Leprosy in India: report of the Leprosy Commission in India, 1890-91
Year: 1890
Disease focus: Leprosy
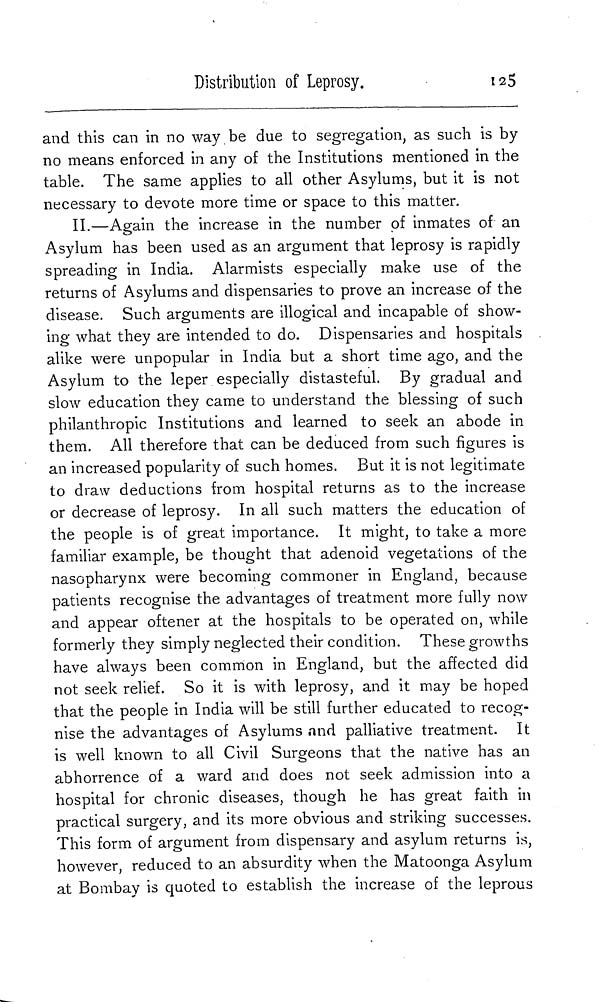
Distribution of Leprosy.
125
and this can in no way be due to segregation, as such is by
no means enforced in any of the Institutions mentioned in the
table. The same applies to all other Asylums, but it is not
necessary to devote more time or space to this matter.
II.—Again the increase in the number of inmates of an
Asylum has been used as an argument that leprosy is rapidly
spreading in India. Alarmists especially make use of the
returns of Asylums and dispensaries to prove an increase of the
disease. Such arguments are illogical and incapable of show-
ing what they are intended to do. Dispensaries and hospitals
alike were unpopular in India but a short time ago, and the
Asylum to the leper especially distasteful. By gradual and
slow education they came to understand the blessing of such
philanthropic Institutions and learned to seek an abode in
them. All therefore that can be deduced from such figures is
an increased popularity of such homes. But it is not legitimate
to draw deductions from hospital returns as to the increase
or decrease of leprosy. In all such matters the education of
the people is of great importance. It might, to take a more
familiar example, be thought that adenoid vegetations of the
nasopharynx were becoming commoner in England, because
patients recognise the advantages of treatment more fully now
and appear oftener at the hospitals to be operated on, while
formerly they simply neglected their condition. These growths
have always been common in England, but the affected did
not seek relief. So it is with leprosy, and it may be hoped
that the people in India will be still further educated to recog-
nise the advantages of Asylums and palliative treatment. It
is well known to all Civil Surgeons that the native has an
abhorrence of a ward and does not seek admission into a
hospital for chronic diseases, though he has great faith in
practical surgery, and its more obvious and striking successes.
This form of argument from dispensary and asylum returns is,
however, reduced to an absurdity when the Matoonga Asylum
at Bombay is quoted to establish the increase of the leprous